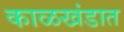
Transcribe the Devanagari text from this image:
काळखंडात